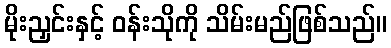
မိုးညှင်းနှင့် ဝန်းသိုကို သိမ်းမည်ဖြစ်သည်။